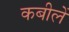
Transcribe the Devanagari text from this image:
कबीलें